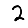
Digit: 2